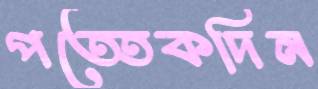
পত্তেকদিন